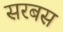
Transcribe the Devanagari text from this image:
सरबस